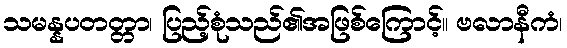
သမန္နပတတ္တာ၊ ပြည့်စုံသည်၏အဖြစ်ကြောင့်။ ဗလာနီကံ၊